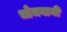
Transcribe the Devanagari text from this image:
भोजवानी